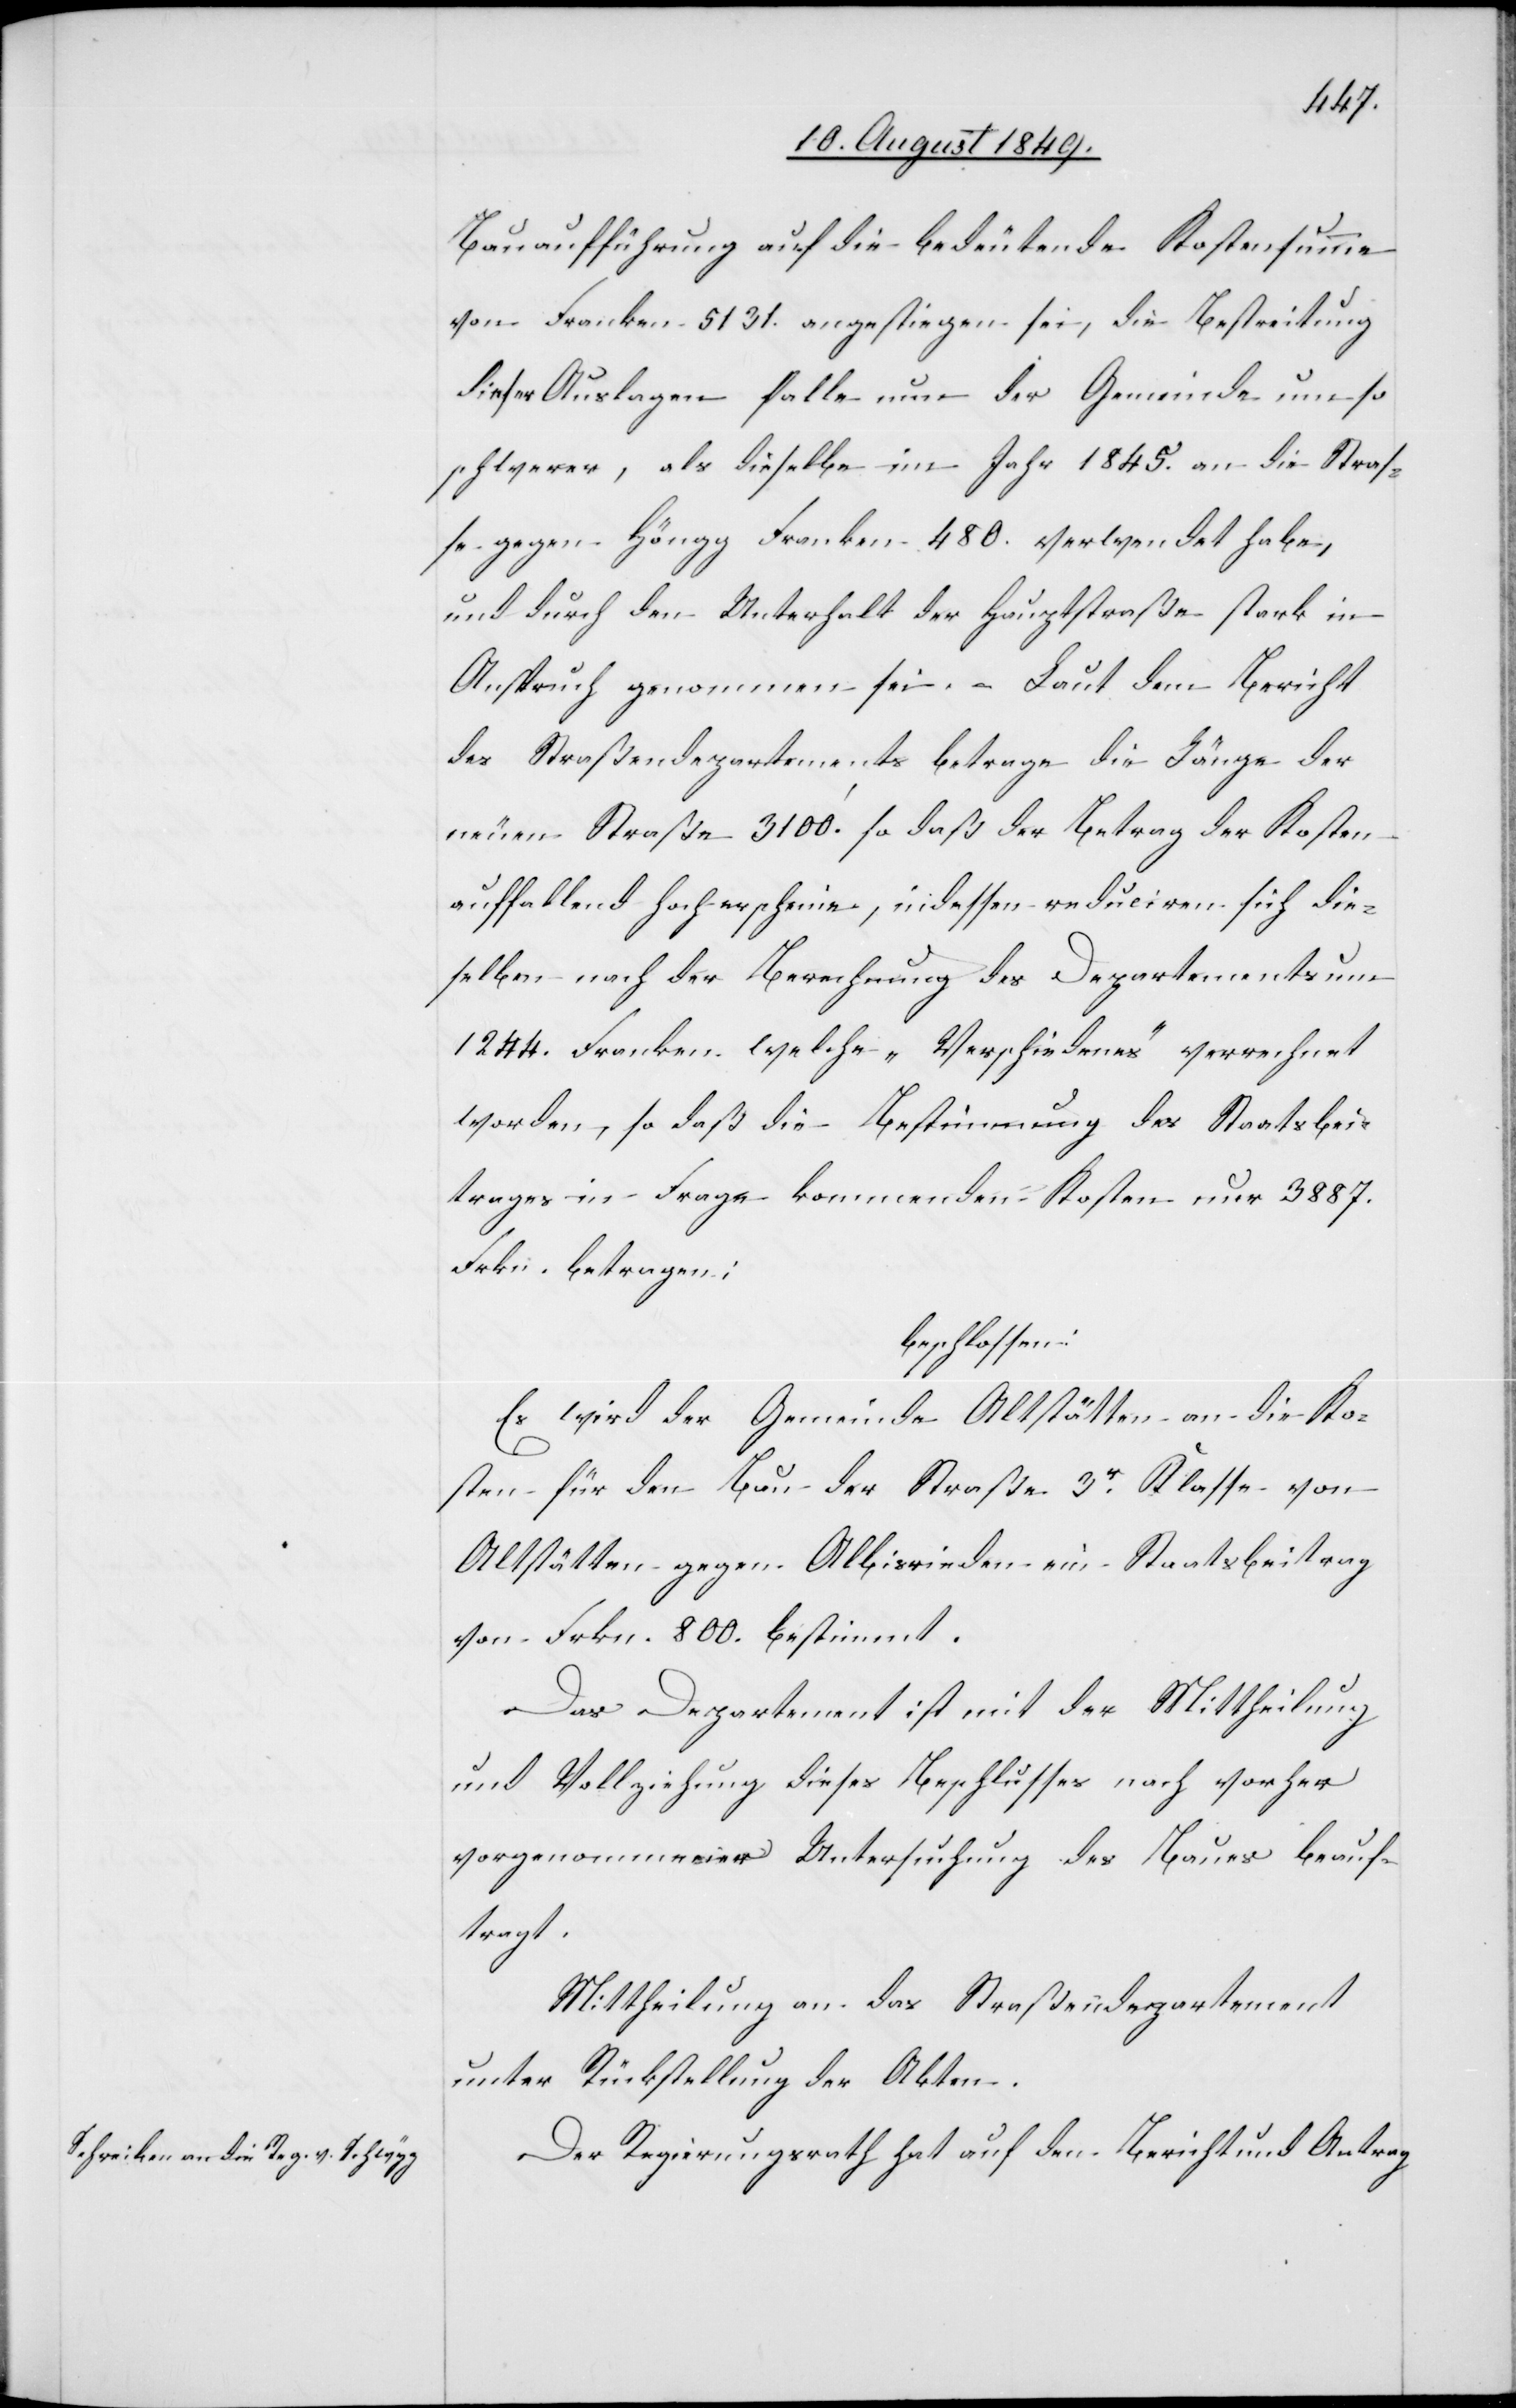
Bauaufführung auf die bedeutende Kostensumme
von Franken 5 131. angestiegen sei, die Bestreitung
dieser Auslagen falle nun der Gemeinde um so
schwerer, als dieselbe im Jahr 1845. an die Stras¬
se gegen Höngg Franken 480. verwendet habe,
und durch den Unterhalt der Hauptstraße stark in
Anspruch genommen sei. – Laut dem Bericht
des Straßendepartements betrage die Länge der
neuen Straße 3 100‘. so daß der Betrag der Kosten
auffallend hoch erscheine, indessen reduciren sich die¬
selben nach der Berechnung des Departements um
1 244. Franken welche „Verschiedenes“ verrechnet
worden, so daß die Bestimmung des Staatsbei¬
trages in Frage kommenden Kosten nur 3 887.
Frkn. betragen;
beschlossen:
Es wird der Gemeinde Altstätten an die Ko¬
sten für den Bau der Straße 3r Klasse von
Altstätten gegen Albisrieden ein Staatsbeitrag
von Frkn. 800. bestimmt.
Das Departement ist mir der Mittheilung
und Vollziehung dieses Beschlusses nach vorher
vorgenommene Untersuchung des Baues beauf¬
tragt.
Mittheilung an das Straßendepartement
unter Rückstellung der Akten.
Der Regierungsrath hat auf den Bericht und Antrag